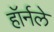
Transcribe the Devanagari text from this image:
हॉर्नले